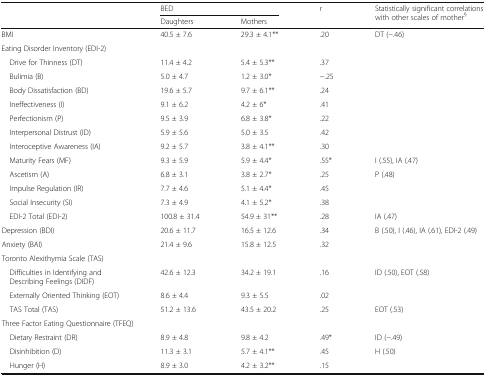
<table><thead><tr><td rowspan="2"></td><td colspan="2"><b>BED</b></td><td rowspan="2"><b>r</b></td><td rowspan="2"><b>Statistically significant correlations with other scales of mother<sup>§</sup></b></td></tr><tr><td><b>Daughters</b></td><td><b>Mothers</b></td></tr></thead><tbody><tr><td>BMI</td><td>40.5 ± 7.6</td><td>29.3 ± 4.1**</td><td>.20</td><td>DT (−.46)</td></tr><tr><td colspan="5">Eating Disorder Inventory (EDI-2)</td></tr><tr><td> Drive for Thinness (DT)</td><td>11.4 ± 4.2</td><td>5.4 ± 5.3**</td><td>.37</td><td></td></tr><tr><td> Bulimia (B)</td><td>5.0 ± 4.7</td><td>1.2 ± 3.0*</td><td>−.25</td><td></td></tr><tr><td> Body Dissatisfaction (BD)</td><td>19.6 ± 5.7</td><td>9.7 ± 6.1**</td><td>.24</td><td></td></tr><tr><td> Ineffectiveness (I)</td><td>9.1 ± 6.2</td><td>4.2 ± 6*</td><td>.41</td><td></td></tr><tr><td> Perfectionism (P)</td><td>9.5 ± 3.9</td><td>6.8 ± 3.8*</td><td>.22</td><td></td></tr><tr><td> Interpersonal Distrust (ID)</td><td>5.9 ± 5.6</td><td>5.0 ± 3.5</td><td>.42</td><td></td></tr><tr><td> Interoceptive Awareness (IA)</td><td>9.2 ± 5.7</td><td>3.8 ± 4.1**</td><td>.30</td><td></td></tr><tr><td> Maturity Fears (MF)</td><td>9.3 ± 5.9</td><td>5.9 ± 4.4*</td><td>.55*</td><td>I (.55), IA (.47)</td></tr><tr><td> Ascetism (A)</td><td>6.8 ± 3.1</td><td>3.8 ± 2.7*</td><td>.25</td><td>P (.48)</td></tr><tr><td> Impulse Regulation (IR)</td><td>7.7 ± 4.6</td><td>5.1 ± 4.4*</td><td>.45</td><td></td></tr><tr><td> Social Insecurity (SI)</td><td>7.3 ± 4.9</td><td>4.1 ± 5.2*</td><td>.38</td><td></td></tr><tr><td> EDI-2 Total (EDI-2)</td><td>100.8 ± 31.4</td><td>54.9 ± 31**</td><td>.28</td><td>IA (.47)</td></tr><tr><td>Depression (BDI)</td><td>20.6 ± 11.7</td><td>16.5 ± 12.6</td><td>.34</td><td>B (.50), I (.46), IA (.61), EDI-2 (.49)</td></tr><tr><td>Anxiety (BAI)</td><td>21.4 ± 9.6</td><td>15.8 ± 12.5</td><td>.32</td><td></td></tr><tr><td colspan="5">Toronto Alexithymia Scale (TAS)</td></tr><tr><td> Difficulties in Identifying and Describing Feelings (DIDF)</td><td>42.6 ± 12.3</td><td>34.2 ± 19.1</td><td>.16</td><td>ID (.50), EOT (.58)</td></tr><tr><td> Externally Oriented Thinking (EOT)</td><td>8.6 ± 4.4</td><td>9.3 ± 5.5</td><td>.02</td><td></td></tr><tr><td> TAS Total (TAS)</td><td>51.2 ± 13.6</td><td>43.5 ± 20.2</td><td>.25</td><td>EOT (.53)</td></tr><tr><td colspan="5">Three Factor Eating Questionnaire (TFEQ)</td></tr><tr><td> Dietary Restraint (DR)</td><td>8.9 ± 4.8</td><td>9.8 ± 4.2</td><td>.49*</td><td>ID (−.49)</td></tr><tr><td> Disinhibition (D)</td><td>11.3 ± 3.1</td><td>5.7 ± 4.1**</td><td>.45</td><td>H (.50)</td></tr><tr><td> Hunger (H)</td><td>8.9 ± 3.0</td><td>4.2 ± 3.2**</td><td>.15</td><td></td></tr></tbody></table>